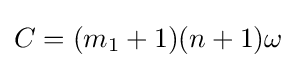
C=(m_{1}+1)(n+1)\omega